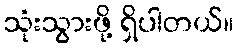
သုံးသွားဖို့ ရှိပါတယ်။